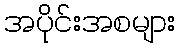
အပိုင်းအစများ